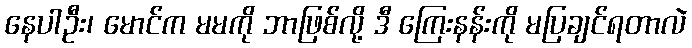
နေပါဦး၊ မောင်က မမကို ဘာဖြစ်လို့ ဒီ ကြေးနန်းကို မပြချင်ရတာလဲ